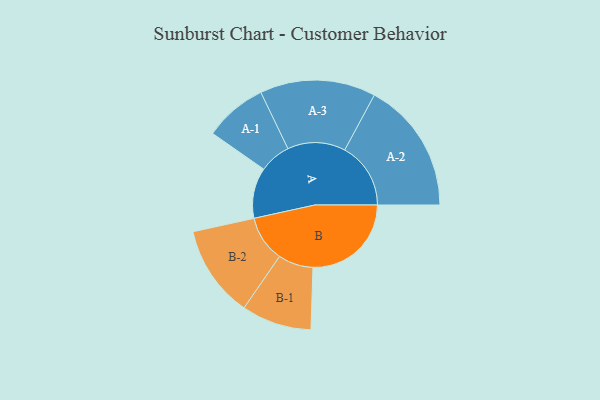
{"axis": {"x": "Segment", "y": "Value"}, "legend": ["", "A", "B"], "data": [{"x": "A", "y": 224, "type": ""}, {"x": "B", "y": 435, "type": ""}, {"x": "A-1", "y": 139, "type": "A"}, {"x": "A-2", "y": 292, "type": "A"}, {"x": "A-3", "y": 256, "type": "A"}, {"x": "B-1", "y": 155, "type": "B"}, {"x": "B-2", "y": 204, "type": "B"}]}